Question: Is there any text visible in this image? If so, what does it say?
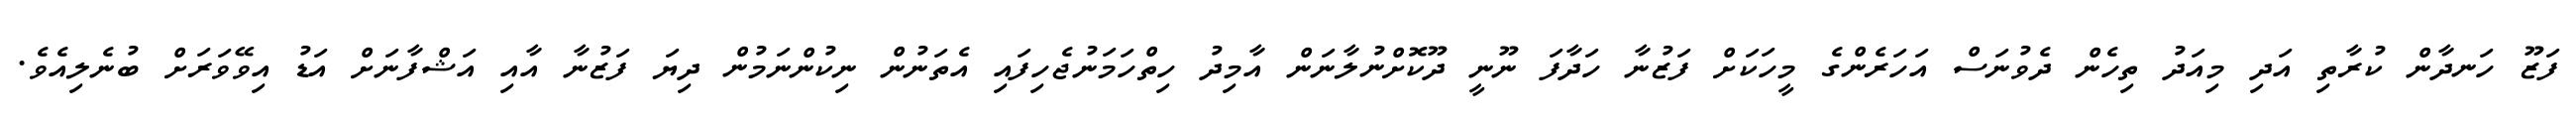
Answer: ފަޒޫ ހަނދާން ކުރާތި އަދި މިއަދު ތިހެން ދެވުނަސް އަހަރެންގެ މީހަކަށް ފަޒުނާ ހަދާފަ ނޫނީ ދޫކޮށްނުލާނަން އާމިދު ހިތްހަމަނުޖެހިފައި އެތަނުން ނިކުންނަމުން ދިޔަ ފަޒުނާ އާއި އަޝްފާނަށް އަޑު އިވޭވަރަށް ބުނެލިއެވެ.